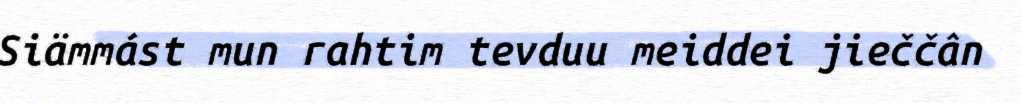
Siämmást mun rahtim tevduu meiddei jieččân